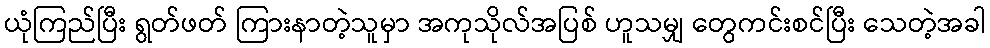
ယုံကြည်ပြီး ရွတ်ဖတ် ကြားနာတဲ့သူမှာ အကုသိုလ်အပြစ် ဟူသမျှ တွေကင်းစင်ပြီး သေတဲ့အခါ